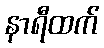
နာရီထက်